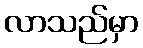
လာသည်မှာ